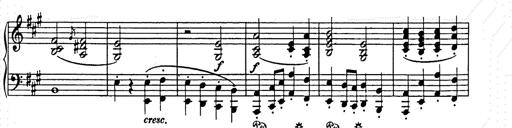
Title: Weihnachtsbaum
Composer: Franz Liszt